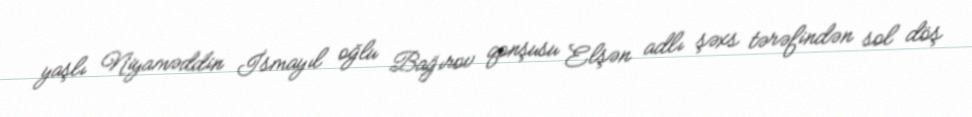
yaşlı Niyaməddin İsmayıl oğlu Bağırov qonşusu Elşən adlı şəxs tərəfindən sol döş